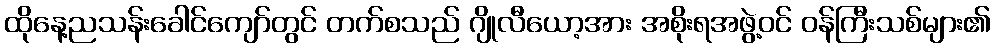
ထိုနေ့ညသန်းခေါင်ကျော်တွင် တက်စသည် ဂျိုလီယော့အား အစိုးရအဖွဲ့ဝင် ဝန်ကြီးသစ်များ၏